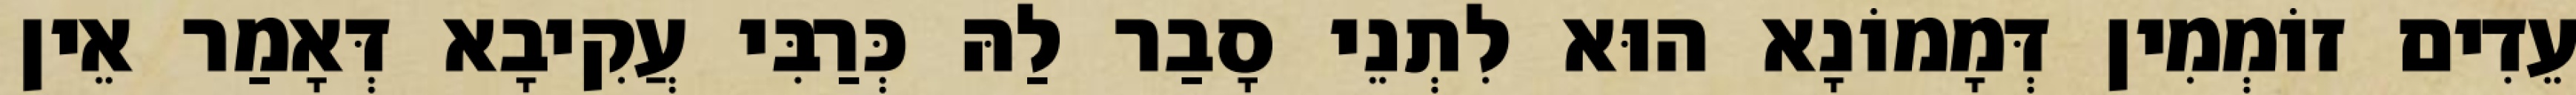
עֵדִים זוֹמְמִין דְּמָמוֹנָא הוּא לִתְנֵי סָבַר לַהּ כְּרַבִּי עֲקִיבָא דְּאָמַר אֵין